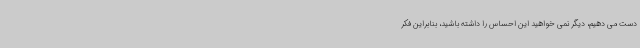
دست می دهیم، دیگر نمی خواهید این احساس را داشته باشید، بنابراین فکر